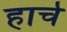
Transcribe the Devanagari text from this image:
हार्च